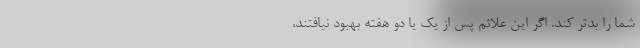
شما را بدتر کند. اگر این علائم پس از یک یا دو هفته بهبود نیافتند،